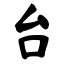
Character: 台